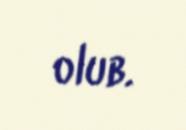
olub.